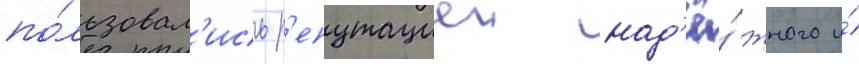
по́льзовал'ись р'епутациеи над'ё́жного и́